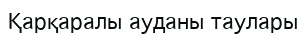
Қарқаралы ауданы таулары